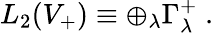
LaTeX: L_{2}(V_{+})\equiv\oplus_{\lambda}\Gamma_{\lambda}^{+}\; .